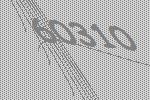
60310